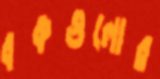
বকগুলোর